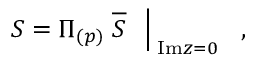
\left. S = \Pi _ { ( p ) } \; \overline { { S } } \ \ \right| _ { \; \mathrm { I m } z = 0 } \ \ ,